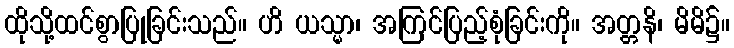
ထိုသို့ထင်စွာပြုခြင်းသည်။ ဟိ ယသ္မာ၊ အကြင်ပြည့်စုံခြင်းကို။ အတ္တနိ၊ မိမိ၌။